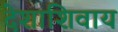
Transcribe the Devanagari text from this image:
देशाशिवाय